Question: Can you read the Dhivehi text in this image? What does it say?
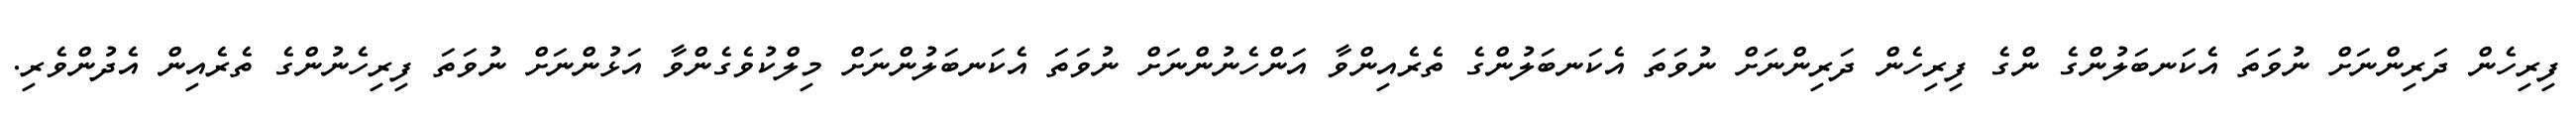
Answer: ފިރިހެން ދަރިންނަށް ނުވަތަ އެކަނބަލުންގެ ންގެ ފިރިހެން ދަރިންނަށް ނުވަތަ އެކަނބަލުންގެ ތެރެއިންވާ އަންހެނުންނަށް ނުވަތަ އެކަނބަލުންނަށް މިލްކުވެގެންވާ އަޅުންނަށް ނުވަތަ ފިރިހެނުންގެ ތެރެއިން އެދުންވެރި.